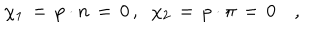
\chi _ { 1 } \, = \, p \cdot n \, = \, 0 \, , \; \; \chi _ { 2 } \, = \, p \cdot \pi \, = \, 0 \quad ,